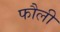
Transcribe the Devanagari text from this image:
फौली